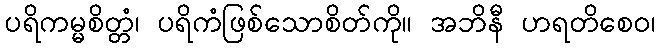
ပရိကမ္မစိတ္တံ၊ ပရိကံဖြစ်သောစိတ်ကို။ အဘိနီ ဟရတိစေဝ၊